Report of the Indian Hemp Drugs Commission, 1894-1895 - Volume I
Year: 1894
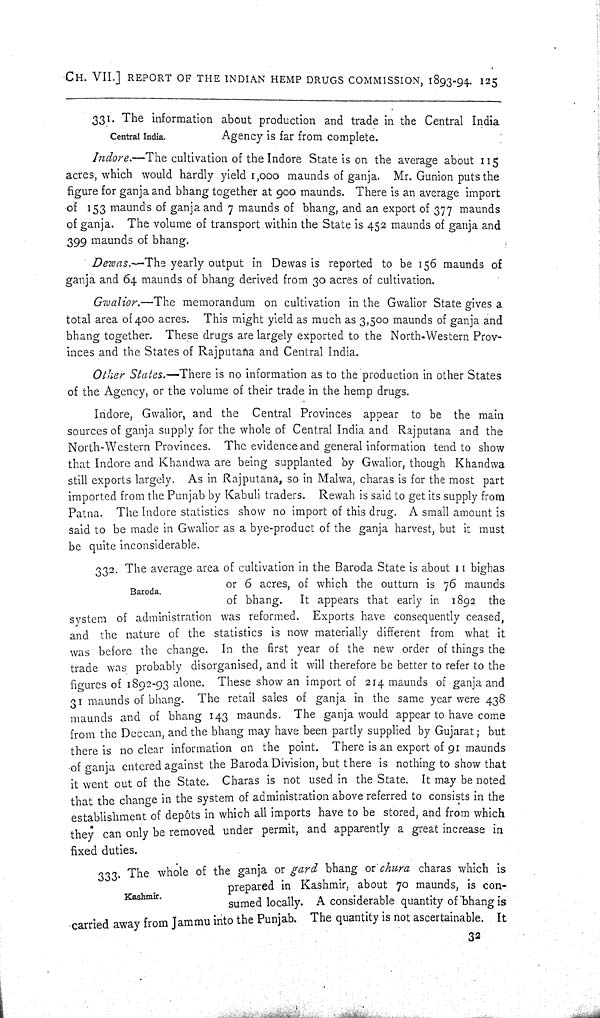
CH. VII.] REPORT OF THE INDIAN HEMP DRUGS COMMISSION, 1893-94. 125
Central India.
331. The information about production and trade in the Central India
Agency is far from complete.
Indore.—The cultivation of the Indore State is on the average about 115
acres, which would hardly yield 1,000 maunds of ganja. Mr. Gunion puts the
figure for ganja and bhang together at 900 maunds. There is an average import
of 153 maunds of ganja and 7 maunds of bhang, and an export of 377 maunds
of ganja. The volume of transport within the State is 452 maunds of ganja and
399 maunds of bhang.
Dewas.—The yearly output in Dewas is reported to be 156 maunds of
ganja and 64 maunds of bhang derived from 30 acres of cultivation.
Gwalior.—The memorandum on cultivation in the Gwalior State gives a
total area of 400 acres. This might yield as much as 3,500 maunds of ganja and
bhang together. These drugs are largely exported to the North-Western Prov-
inces and the States of Rajputana and Central India.
Other States.—There is no information as to the production in other States
of the Agency, or the volume of their trade in the hemp drugs.
Indore, Gwalior, and the Central Provinces appear to be the main
sources of ganja supply for the whole of Central India and Rajputana and the
North-Western Provinces. The evidence and general information tend to show
that Indore and Khandwa are being supplanted by Gwalior, though Khandwa
still exports largely. As in Rajputana, so in Malwa, charas is for the most part
imported from the Punjab by Kabuli traders. Rewah is said to get its supply from
Patna. The Indore statistics show no import of this drug. A small amount is
said to be made in Gwalior as a bye-product of the ganja harvest, but it must
be quite inconsiderable.
Baroda.
332. The average area of cultivation in the Baroda State is about 11 bighas
or 6 acres, of which the outturn is 76 maunds
of bhang.
It appears that early in 1892 the
system of administration was reformed. Exports have consequently ceased,
and the nature of the statistics is now materially different from what it
was before the change. In the first year of the new order of things the
trade was probably disorganised, and it will therefore be better to refer to the
figures of 1892-93 alone. These show an import of 214 maunds of ganja and
31 maunds of bhang. The retail sales of ganja in the same year were 438
maunds and of bhang 143 maunds. The ganja would appear to have come
from the Deccan, and the bhang may have been partly supplied by Gujarat; but
there is no clear information on the point. There is an export of 91 maunds
of ganja entered against the Baroda Division, but there is nothing to show that
it went out of the State. Charas is not used in the State. It may be noted
that the change in the system of administration above referred to consists in the
establishment of depôts in which all imports have to be stored, and from which
they can only be removed under permit, and apparently a great increase in
fixed duties.
Kashmir.
333. The whole of the ganja or gard bhang or chura charas which is
prepared in Kashmir, about 70 maunds, is con-
sumed locally. A considerable quantity of bhang is
carried away from Jammu into the Punjab. The quantity is not ascertainable. It
32